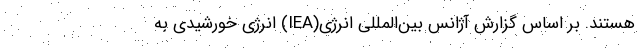
هستند. بر اساس گزارش آژانس بین‌المللی انرژی(IEA) انرژی خورشیدی به